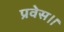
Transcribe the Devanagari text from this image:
प्रवेस।।